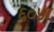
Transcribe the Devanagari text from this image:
६०५८